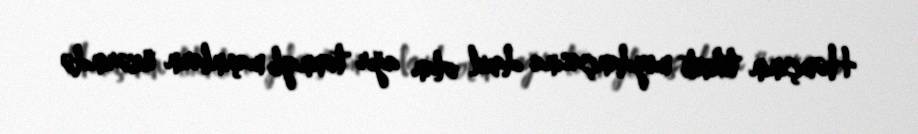
Həmçinin tikinti meydançasına daxil olan ağır tonnajlı maşınların üzərində